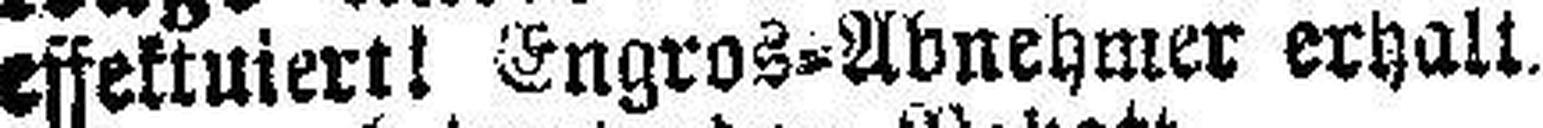
effektuiert! Engros-Abnehmer erhalt.